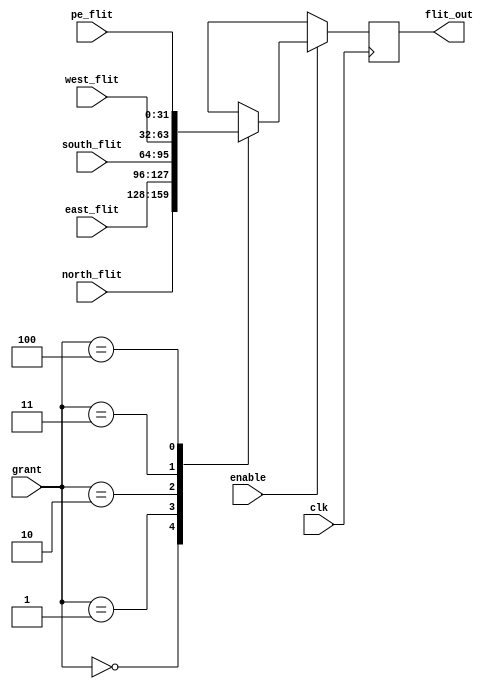
`timescale 1ns / 1ps
module mux_5to1(clk, enable, grant, pe_flit, north_flit, south_flit, east_flit, west_flit, flit_out);

input clk, enable;
input [2:0] grant;
input [31:0] pe_flit, north_flit, south_flit, east_flit, west_flit;
output reg [31:0] flit_out;

always @(posedge clk) begin
    if(~enable) begin
        flit_out <= 32'bx;    
    end
    else if(enable) begin
        case(grant)
            0: flit_out <= north_flit;
            1: flit_out <= east_flit;    
            2: flit_out <= south_flit;
            3: flit_out <= west_flit;
            4: flit_out <= pe_flit;
            5: flit_out <= 32'bx;
            default: flit_out <= 32'dx;
        endcase
        
    end
end

endmodule